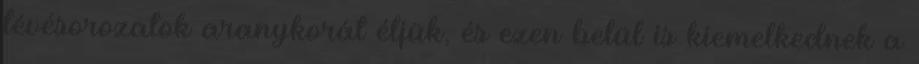
tévésorozatok aranykorát éljük, és ezen belül is kiemelkednek a